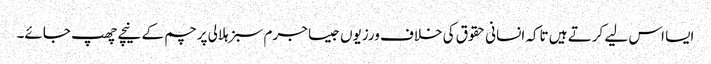
ایسا اس لیے کرتے ہیں تاکہ انسانی حقوق کی خلاف ورزیوں جیسا جرم سبز ہلالی پرچم کے نیچے چھپ جائے۔